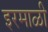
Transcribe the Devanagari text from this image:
इरमाळी